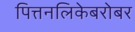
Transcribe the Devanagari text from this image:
पित्तनलिकेबरोबर